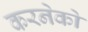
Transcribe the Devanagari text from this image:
करनेको